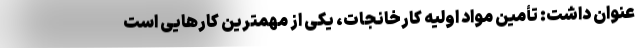
عنوان داشت: تأمین مواد اولیه کارخانجات، یکی از مهمترین کارهایی است